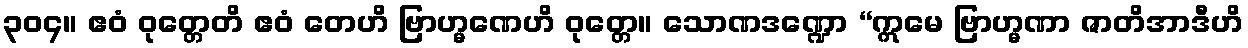
၃၀၄။ ဧဝံ ဝုတ္တေတိ ဧဝံ တေဟိ ဗြာဟ္မဏေဟိ ဝုတ္တေ။ သောဏဒဏ္ဍော “ဣမေ ဗြာဟ္မဏာ ဇာတိအာဒီဟိ